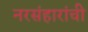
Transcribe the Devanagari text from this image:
नरसंहारांची